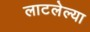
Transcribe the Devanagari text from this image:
लाटलेल्या